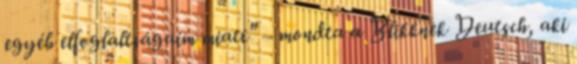
egyéb elfoglaltságaim miatt" – mondta a Blikknek Deutsch, aki